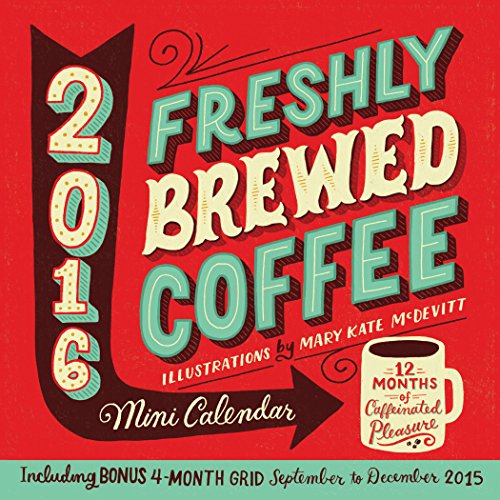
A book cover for Freshly Brewed Coffee Mini Wall Calendar 2016; Mary Kate McDevitt; Calendars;